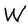
Character: W